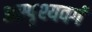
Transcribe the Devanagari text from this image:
अस्पृश्यवर्ग